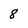
Character: 8